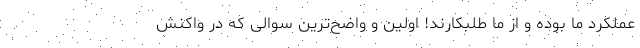
عملکرد ما بوده و از ما طلبکارند! اولین و واضح‌ترین سوالی که در واکنش